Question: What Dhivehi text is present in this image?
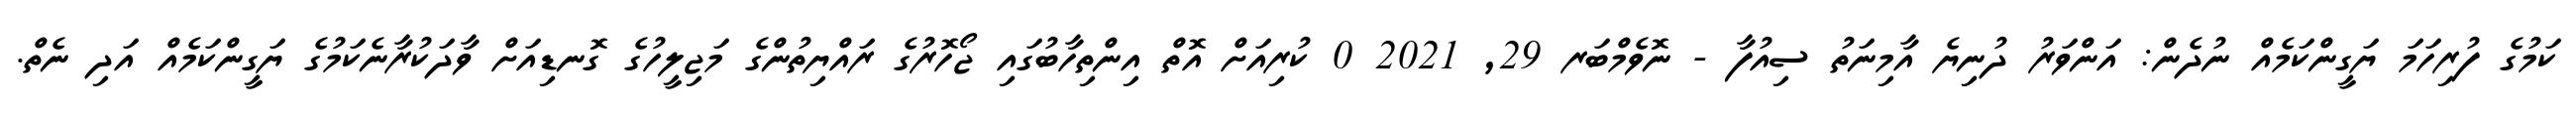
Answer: ކަމުގެ ފުރިހަމަ ޔަގީންކަމެއް ނުދެން: އަންވަރު ދުނިޔެ އާމިނަތު ސިއުފާ - ނޮވެމްބަރ 29, 2021 0 ކުރިއަށް އޮތް އިންތިހާބުގައި ޖޯހޮރުގެ ރައްޔިތުންގެ މަޖިލީހުގެ ގޮނޑިއަށް ވާދަކުރާނެކަމުގެ ޔަގީންކަމެއް އަދި ނެތް.